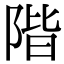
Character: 階